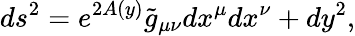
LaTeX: ds^{2}=e^{2A\left(y\right)}\tilde{g}_{\mu\nu}dx^{\mu}dx^{\nu}+dy^{2},